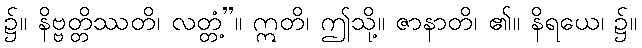
၌။ နိဗ္ဗတ္တိဿတိ၊ လတ္တံ့”။ ဣတိ၊ ဤသို့။ ဇာနာတိ၊ ၏။ နိရယေ၊ ၌။